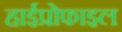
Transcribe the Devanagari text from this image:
हाईप्रोफाइल